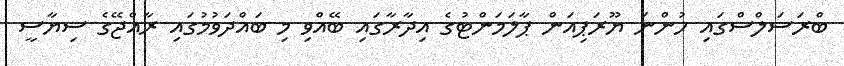
ބްރަސަލްސްގައި ހުންނަ ޔޫރަޕިއަން ޕާލަމަންޓުގެ އިދާރާގައި ބޭއްވި މި ބައްދަވުމުގައި ރާއްޖޭގެ ސިޔާސީ